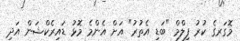
މޮގަރގެ ކުރު ފިލްމް "ބަޑި އެތުރު" އަށް އެންމެ މޮޅު ޑައިރެކްޝަން އަދި